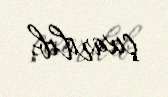
çıxarılıb.